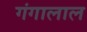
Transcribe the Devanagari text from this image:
गंगालाल